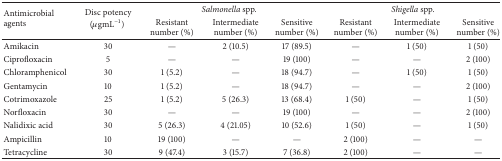
<table><thead><tr><td rowspan="2"><b>Antimicrobial agents </b></td><td rowspan="2"><b> Disc potency (<i>μ</i>gmL<sup>−1</sup>)</b></td><td colspan="3"><b><i>Salmonella</i> spp.</b></td><td colspan="3"><b><i>Shigella</i> spp.</b></td></tr><tr><td><b>Resistant number (%)</b></td><td><b>Intermediate number (%)</b></td><td><b>Sensitive number (%)</b></td><td><b>Resistantnumber (%)</b></td><td><b>Intermediate number (%)</b></td><td><b>Sensitive number (%)</b></td></tr></thead><tbody><tr><td>Amikacin</td><td>30</td><td>—</td><td>2 (10.5)</td><td>17 (89.5)</td><td>—</td><td>1 (50)</td><td>1 (50)</td></tr><tr><td>Ciprofloxacin</td><td>5</td><td>—</td><td>—</td><td>19 (100)</td><td>—</td><td>—</td><td>2 (100)</td></tr><tr><td>Chloramphenicol</td><td>30</td><td>1 (5.2)</td><td>—</td><td>18 (94.7)</td><td>—</td><td>1 (50)</td><td>1 (50)</td></tr><tr><td>Gentamycin</td><td>10</td><td>1 (5.2)</td><td>—</td><td>18 (94.7)</td><td>—</td><td>—</td><td>2 (100)</td></tr><tr><td>Cotrimoxazole</td><td>25</td><td>1 (5.2)</td><td>5 (26.3)</td><td>13 (68.4)</td><td>1 (50)</td><td>—</td><td>1 (50)</td></tr><tr><td>Norfloxacin </td><td>30</td><td>—</td><td>—</td><td>19 (100)</td><td>—</td><td>—</td><td>2 (100)</td></tr><tr><td>Nalidixic acid</td><td>30</td><td>5 (26.3)</td><td>4 (21.05)</td><td>10 (52.6)</td><td>1 (50)</td><td>—</td><td>1 (50)</td></tr><tr><td>Ampicillin</td><td>10</td><td>19 (100)</td><td>—</td><td>—</td><td>2 (100)</td><td>—</td><td>—</td></tr><tr><td>Tetracycline</td><td>30</td><td>9 (47.4)</td><td>3 (15.7)</td><td>7 (36.8)</td><td>2 (100)</td><td>—</td><td>—</td></tr></tbody></table>